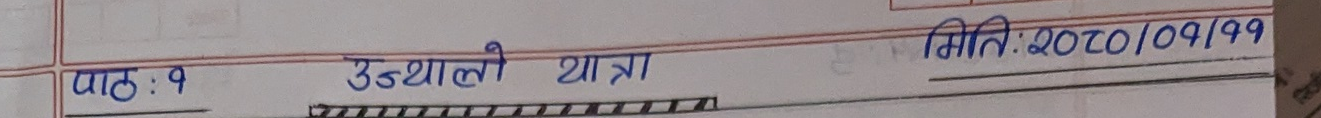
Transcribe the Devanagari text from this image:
पाठ: १ उड्याल्को यात्रा मिति: 2020/09/99